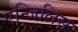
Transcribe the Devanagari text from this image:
एन्जिलिस